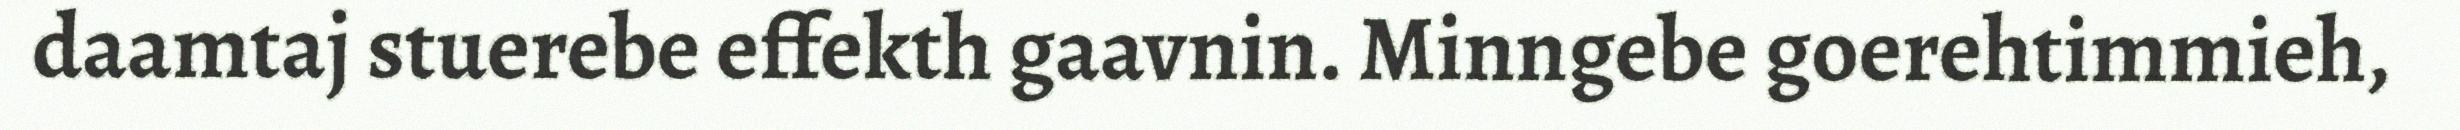
daamtaj stuerebe effekth gaavnin. Minngebe goerehtimmieh,